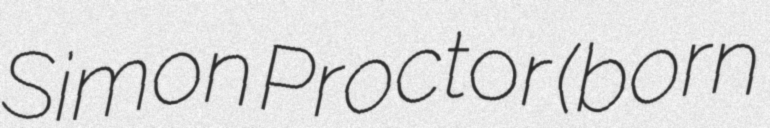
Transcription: Simon Proctor (born